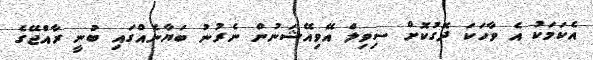
އެކަމަކު އެ ވާހަކަ ދޮގުކޮށް ސިވިލް އޭވިއޭޝަނުން ނެރުނު ބަޔާނެއްގައި ބުނީ ރާއްޖޭގެ